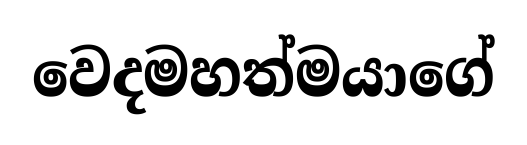
වෙදමහත්මයාගේ